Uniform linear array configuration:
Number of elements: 8
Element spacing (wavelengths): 0.25
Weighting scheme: uniform
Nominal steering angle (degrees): -60
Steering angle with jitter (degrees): -60.138
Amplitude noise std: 0.05
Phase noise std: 0.05

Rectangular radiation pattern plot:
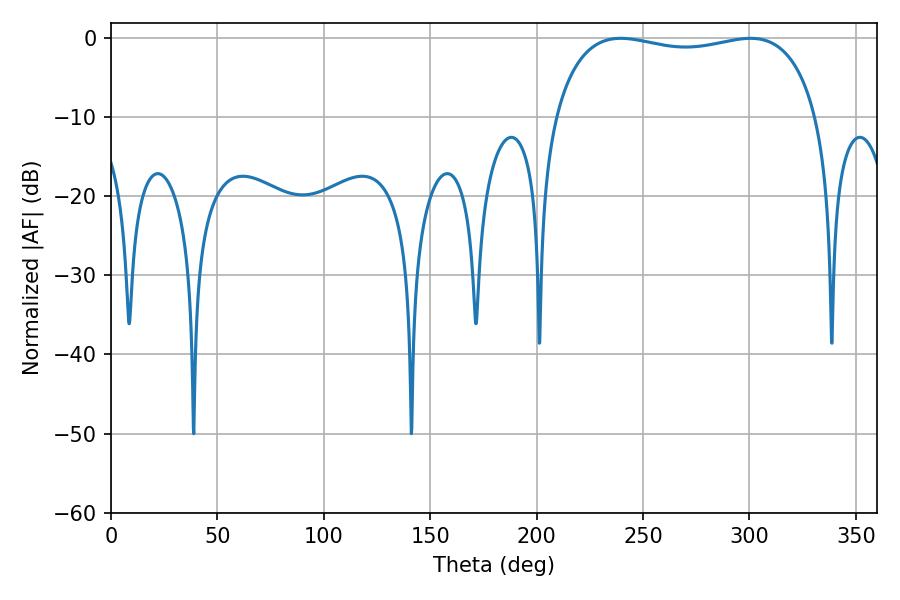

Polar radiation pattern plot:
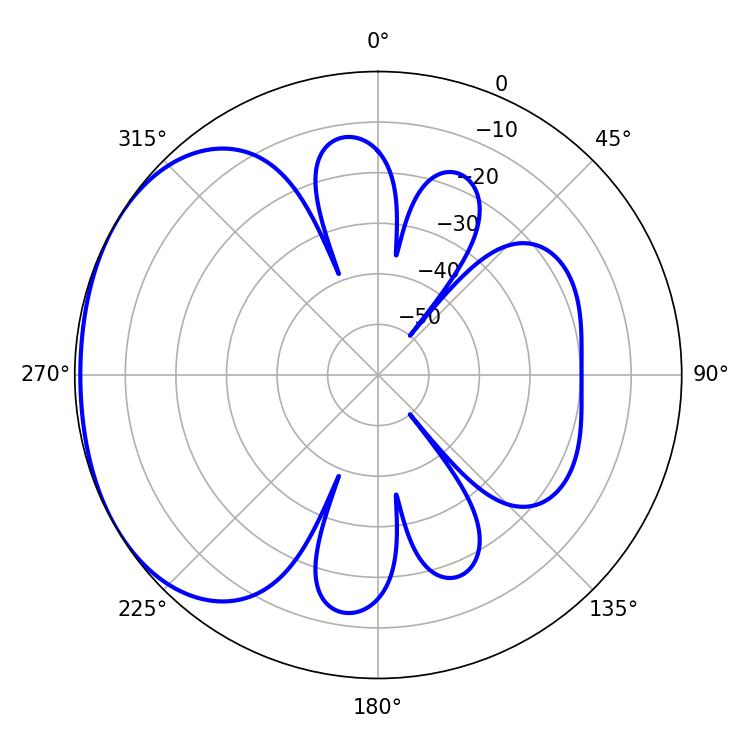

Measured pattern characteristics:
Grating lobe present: FALSE
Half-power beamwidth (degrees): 100.44
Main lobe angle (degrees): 300.42